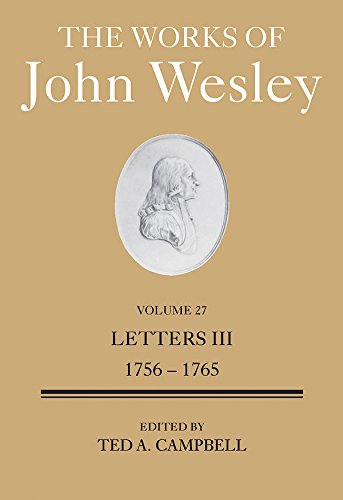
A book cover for The Works of John Wesley Volume 27: Letters III (1756-1765); Ted A. Campbell; Christian Books & Bibles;